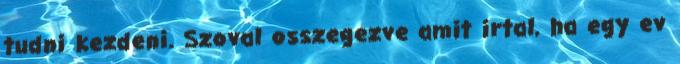
tudni kezdeni. Szoval osszegezve amit irtal, ha egy ev